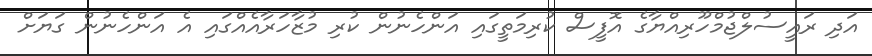
އަދި ރައީސުލްޖުމްހޫރިއްޔާގެ އޮފީސް ކުރިމަތީގައި އަންހެނުން ކުރި މުޒާހަރާއެއްގައި އެ އަންހެނުން ގަޔަށް